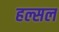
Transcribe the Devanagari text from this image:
हल्सल